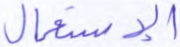
الإستعمال